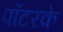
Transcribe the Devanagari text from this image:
पॉटरके